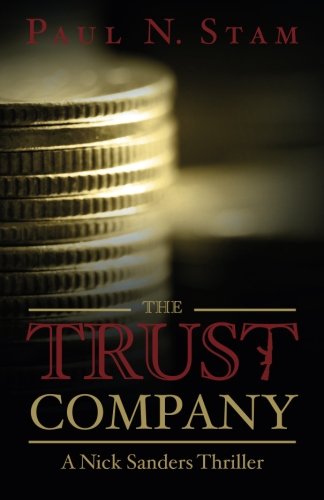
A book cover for The Trust Company; Paul N Stam; Mystery, Thriller & Suspense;